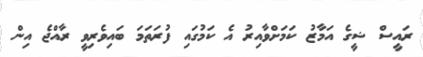
ރައީސް ޝީގެ އަމާޒު ކަމަށްވާއިރު އެ ކަމުގައި ފުރަތަމަ ބައިވެރިވީ ރާއްޖެ އިން